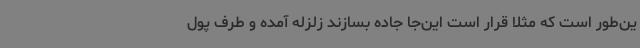
ین‌طور است که مثلا قرار است این‌جا جاده بسازند زلزله آمده و طرف پول